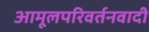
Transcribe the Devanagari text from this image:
आमूलपरिवर्तनवादी